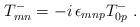
LaTeX: \begin{align*}T^-_{mn} = - i\, \epsilon_{mnp} T^-_{0p} \ .\end{align*}